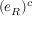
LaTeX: ( e _ { R } ) ^ { c }